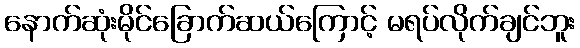
နောက်ဆုံးမိုင်ခြောက်ဆယ်ကြောင့် မရပ်လိုက်ချင်ဘူး